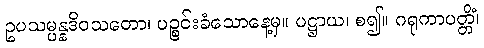
ဥပသမ္ပန္နဒိဝသတော၊ ပဉ္စင်းခံသောနေ့မှ။ ပဋ္ဌာယ၊ စ၍။ ဂရုကာပတ္တိံ၊